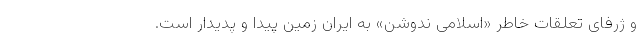
و ژرفای تعلقات خاطر «اسلامی ندوشن» به ایران زمین پیدا و پدیدار است.